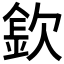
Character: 𣣽